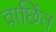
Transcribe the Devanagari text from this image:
वाछिंत